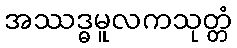
အဿဒ္ဓမူလကသုတ္တံ